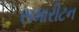
સમારીટન